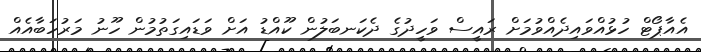
އެއާޕޯޓް ހުޅުއްވައިދެއްވުމަށް ރައީސް ވަހީދުގެ ދެކަނބަލުން ކޫއްޑު އަށް ވަޑައިގަތުމުން ހޫނު މަރުހަބާއެއް